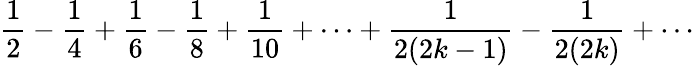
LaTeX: {\frac{1}{2}}-{\frac{1}{4}}+{\frac{1}{6}}-{\frac{1}{8}}+{\frac{1}{10}}+\cdots+{\frac{1}{2(2k-1)}}-{\frac{1}{2(2k)}}+\cdots